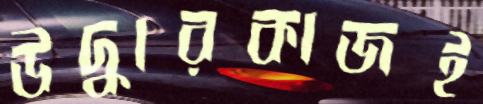
উদ্ধারকাজই